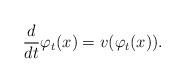
LaTeX: \begin{align*}\frac{d}{dt}\varphi_t(x) = v(\varphi_t(x)).\end{align*}